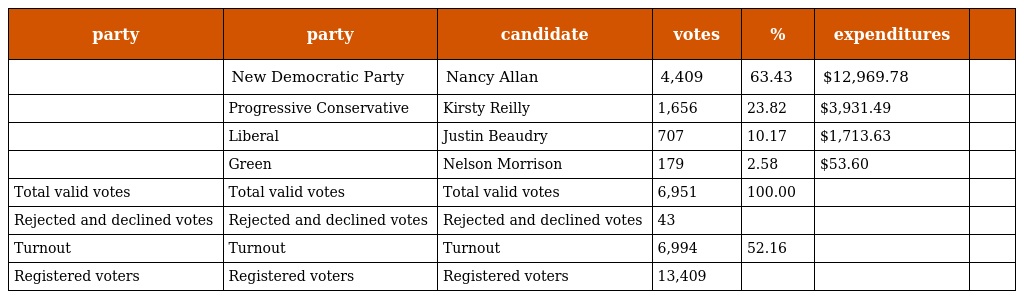
| party | party | candidate | votes | % | expenditures |  |
 | --- | --- | --- | --- | --- | --- | --- |
 |  | New Democratic Party | Nancy Allan | 4,409 | 63.43 | $12,969.78 |  |
 |  | Progressive Conservative | Kirsty Reilly | 1,656 | 23.82 | $3,931.49 |  |
 |  | Liberal | Justin Beaudry | 707 | 10.17 | $1,713.63 |  |
 |  | Green | Nelson Morrison | 179 | 2.58 | $53.60 |  |
 | Total valid votes | Total valid votes | Total valid votes | 6,951 | 100.00 |  |  |
 | Rejected and declined votes | Rejected and declined votes | Rejected and declined votes | 43 |  |  |  |
 | Turnout | Turnout | Turnout | 6,994 | 52.16 |  |  |
 | Registered voters | Registered voters | Registered voters | 13,409 |  |  |  |